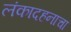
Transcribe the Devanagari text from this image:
लंकादहनाचा